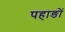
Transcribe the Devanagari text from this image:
पहाङों